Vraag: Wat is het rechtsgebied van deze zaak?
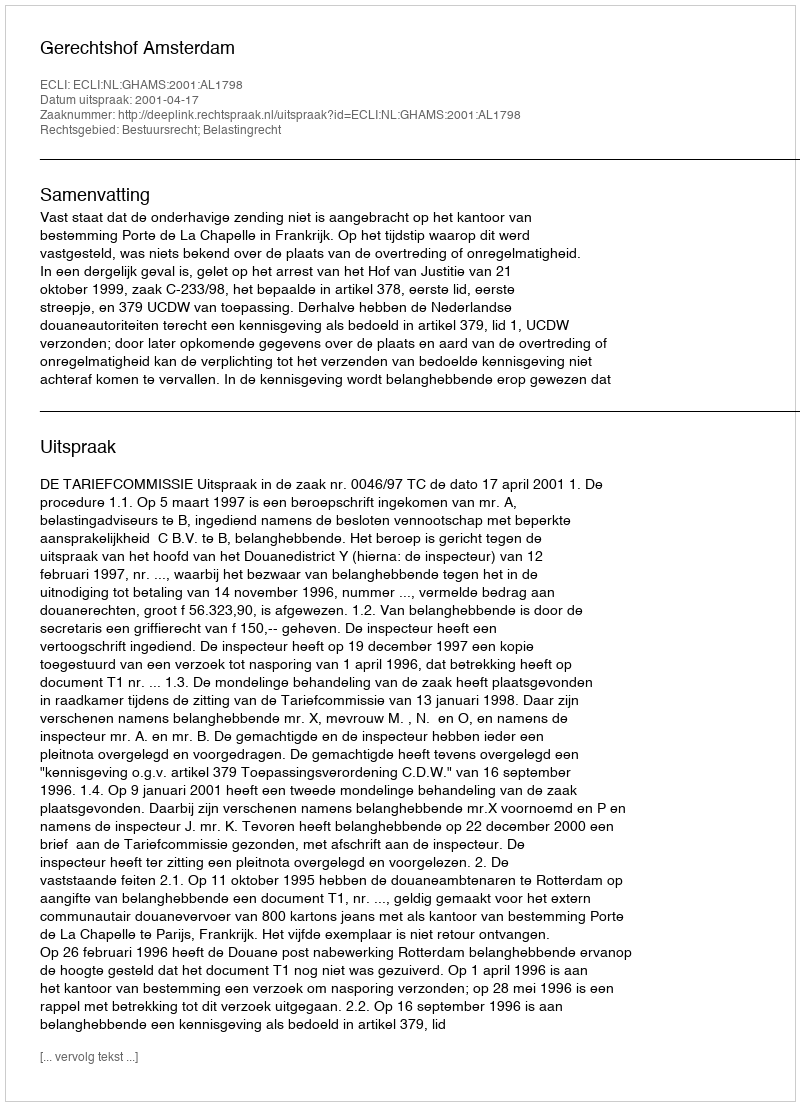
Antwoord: Bestuursrecht; Belastingrecht